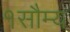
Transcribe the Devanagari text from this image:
१सौम्य